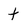
Character: t